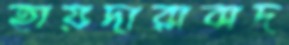
হায়দারাবাদ